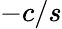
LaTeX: -c/s